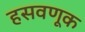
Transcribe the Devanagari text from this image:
हसवणूक